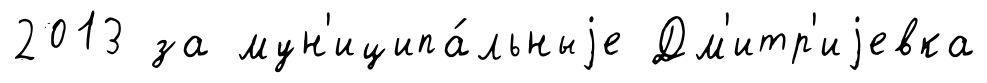
2013 за мун'иципа́льныjе Дм'итр'иjевка